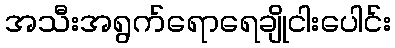
အသီးအရွက်ရောရေချိုငါးပေါင်း